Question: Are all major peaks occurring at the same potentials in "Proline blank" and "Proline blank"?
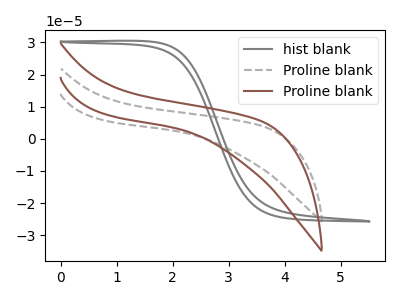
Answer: <think>The gray curve "hist blank" has no peaks. The gray dashed curve "Proline blank" has no peaks. The brown curve "Proline blank" has no peaks.</think>
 <answer>Niether CV has any peaks.</answer>
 <eval>blanks</eval>